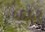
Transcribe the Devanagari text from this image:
५६५१